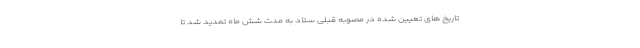
تاریخ های تعیین شده در مصوبه قبلی ستاد به مدت شش ماه تمدید شد تا